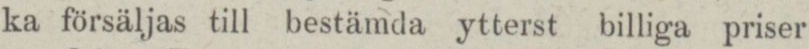
ka försäljas till bestämda ytterst billiga priser